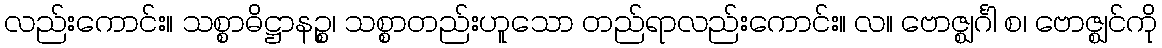
လည်းကောင်း။ သစ္စာဓိဋ္ဌာနဉ္စ၊ သစ္စာတည်းဟူသော တည်ရာလည်းကောင်း။ လ။ ဗောဇ္ဈင်္ဂါ စ၊ ဗောဇ္ဈင်ကို